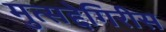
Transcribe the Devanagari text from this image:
मुत्सद्देगिरीस